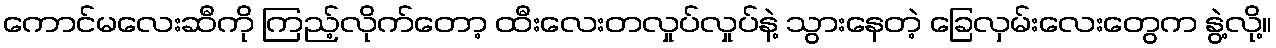
ကောင်မလေးဆီကို ကြည့်လိုက်တော့ ထီးလေးတလှုပ်လှုပ်နဲ့ သွားနေတဲ့ ခြေလှမ်းလေးတွေက နွဲ့လို့။